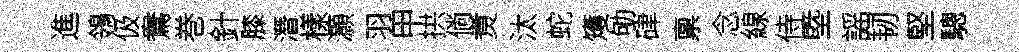
進鴒伋鴦巻針膝潛樣灝羽甲拱倘煑汰蛇矱劬硉禀念線侍塈謡韧堅驄